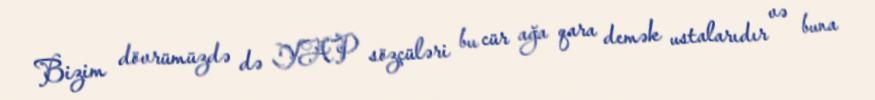
Bizim dövrümüzdə də YAP sözçüləri bu cür ağa qara demək ustalarıdır və buna